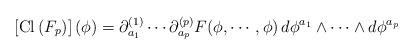
LaTeX: \begin{align*}\left[ {\rm Cl} \left( F_p \right) \right](\phi) = \partial^{(1)}_{a_1} \cdots \partial^{(p)}_{a_p} F (\phi, \cdots, \phi)\, d \phi^{a_1} \wedge \cdots \wedge d \phi^{a_p}\end{align*}